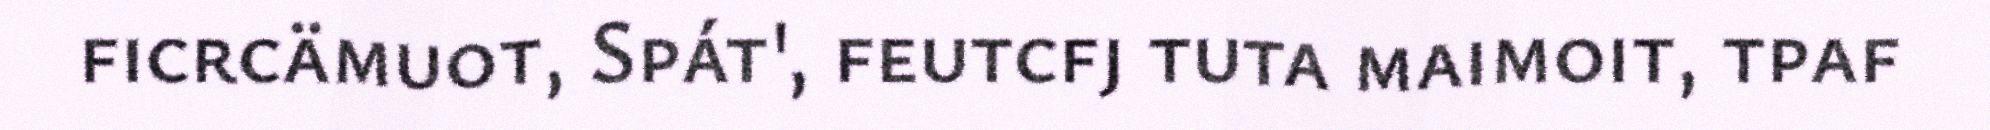
ficrcämuot, Spát', feutcfj tuta maimoit, tpaf